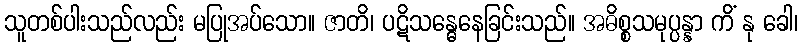
သူတစ်ပါးသည်လည်း မပြုအပ်သော။ ဇာတိ၊ ပဋိသန္ဓေနေခြင်းသည်။ အဓိစ္စသမုပ္ပန္နာ ကိံ နု ခေါ၊